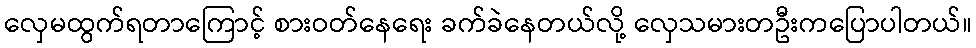
လှေမထွက်ရတာကြောင့် စားဝတ်နေရေး ခက်ခဲနေတယ်လို့ လှေသမားတဦးကပြောပါတယ်။